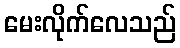
မေးလိုက်လေသည်